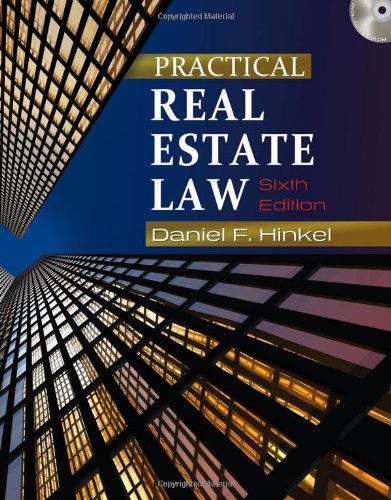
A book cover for Practical Real Estate Law; Daniel F. Hinkel; Business & Money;